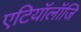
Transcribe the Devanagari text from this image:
एटियॉलॉजि